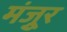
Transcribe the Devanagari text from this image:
मंजूुर